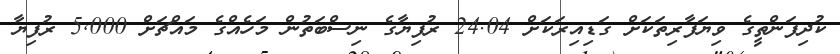
ކުދިފަންތީގެ ވިޔަފާރިތަކަށް ގަޑިއިރަކަށް 24.04 ރުފިޔާގެ ނިސްބަތުން މަހެއްގެ މައްޗަށް 5